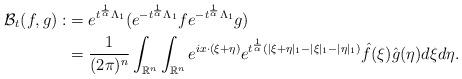
LaTeX: \begin{align*} \mathcal{B}_{t}(f,g):&=e^{t^{\frac{1}{\alpha}}\Lambda_{1}}(e^{-t^{\frac{1}{\alpha}}\Lambda_{1}}fe^{-t^{\frac{1}{\alpha}}\Lambda_{1}}g)\\ &=\frac{1}{(2\pi)^{n}}\int_{\mathbb{R}^{n}}\int_{\mathbb{R}^{n}} e^{ix\cdot(\xi+\eta)}e^{t^{\frac{1}{\alpha}}(|\xi+\eta|_{1}-|\xi|_{1}-|\eta|_{1})}\hat{f}(\xi)\hat{g}(\eta)d\xi d\eta.\end{align*}